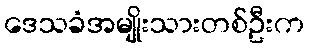
ဒေသခံအမျိုးသားတစ်ဦးက